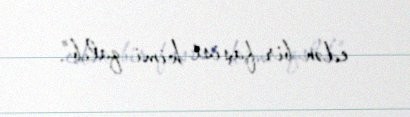
edən bir faşist kimi qalıb”.